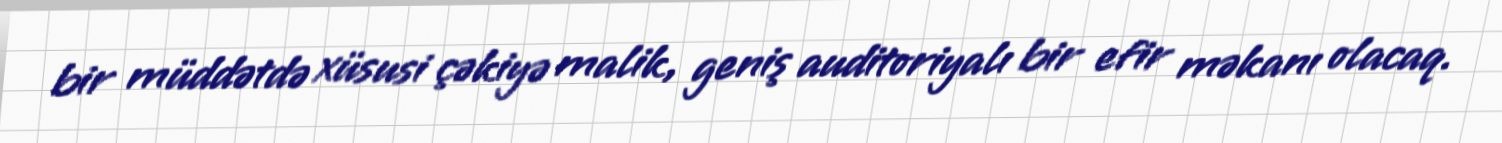
bir müddətdə xüsusi çəkiyə malik, geniş auditoriyalı bir efir məkanı olacaq.